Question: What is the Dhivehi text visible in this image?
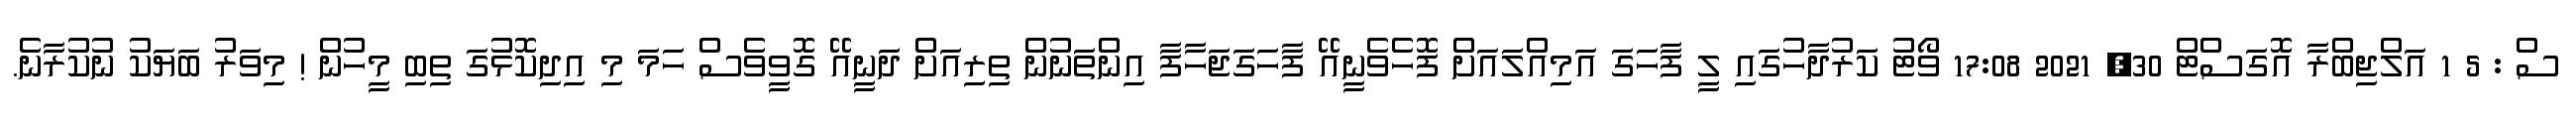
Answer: ސް : 5 1 އަލްޖިބްރާ އޮގަސްޓް 30, 2021 17:08 ވޯޓު ކަރުދާހުގައި ލީ ފާހަގަ އަމިއްލައަށް ފޮހެވެނީއޭ ފާހަގަޖަހާފާ އިންތަނުން ތިރިއަށް ދަނީއޭ ގޮވީވެސް ހަމަ މި އިދިކޮޅުގަ ތިބި މީހުން ! މިވަރު ބަޔަކު ނުކުރާނެ.